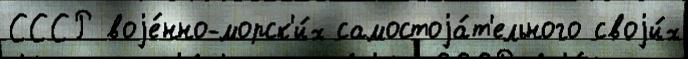
СССР воjе́нно-морск'и́х самостоjа́т'ельного своjи́х